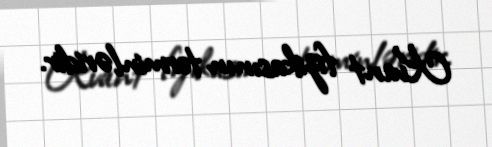
Kvant fizikasının terminləridir.